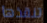
تنقذها